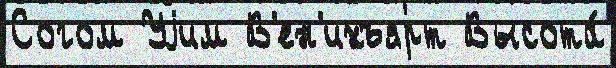
Согом Уjим В'ен'ихъярт Высота́